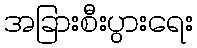
အခြားစီးပွားရေး